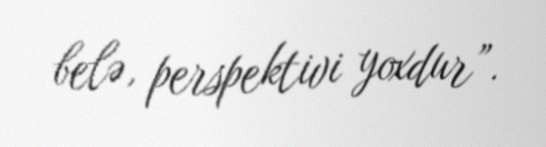
belə, perspektivi yoxdur”.